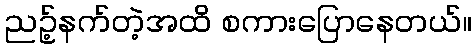
ညဥ့်နက်တဲ့အထိ စကားပြောနေတယ်။